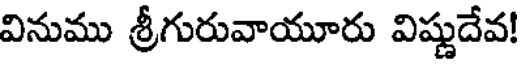
వినుము శ్రీగురువాయూరు విష్ణుదేవ!